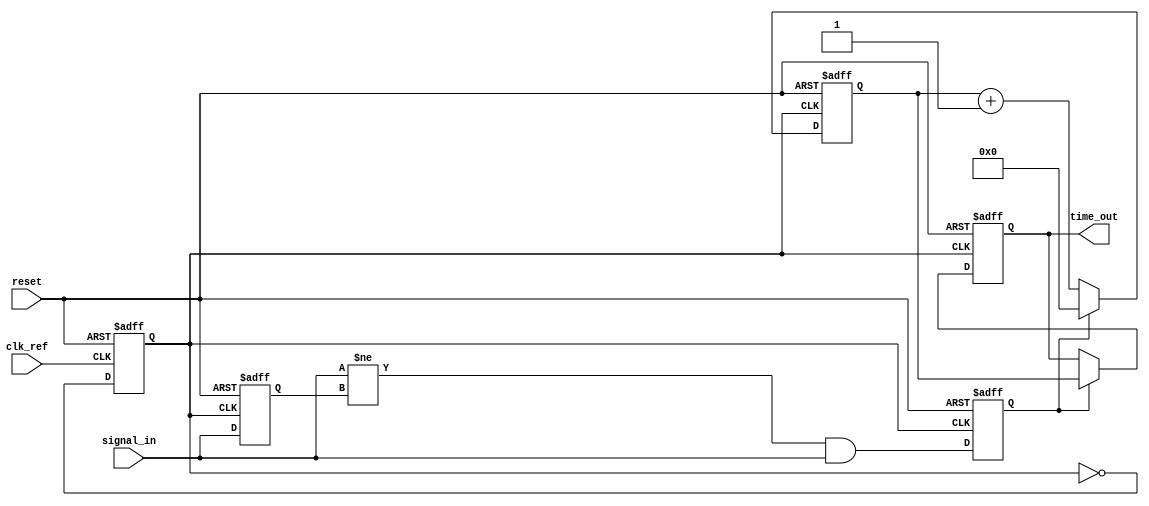
module TDC (
    input wire clk_ref,        // Reference clock input
    input wire signal_in,      // Input signal to measure time intervals
    input wire reset,          // Reset signal
    output reg [31:0] time_out // Output time interval in digital format
);

// Parameters
parameter PLL_MULTIPLIER = 4; // PLL frequency multiplier
parameter COUNTER_WIDTH = 32; // Width of the counter

// PLL logic - simple model for demonstration (not actual PLL)
reg clk_pll; // PLL generated clock
reg [COUNTER_WIDTH-1:0] counter; // Counter for time measurement
reg edge_detected; // Edge detect signal
reg last_signal_state; // Last state of signal_in for edge detection

// PLL generation (for demonstration only)
always @(posedge clk_ref or posedge reset) begin
    if (reset) begin
        clk_pll <= 0;
    end else begin
        // Simple toggle for PLL simulation (replace with actual PLL)
        clk_pll <= ~clk_pll;
    end
end

// Edge detection logic
always @(posedge clk_pll or posedge reset) begin
    if (reset) begin
        last_signal_state <= 0;
        edge_detected <= 0;
    end else begin
        edge_detected <= (signal_in != last_signal_state) && signal_in; // Rising edge
        last_signal_state <= signal_in;
    end
end

// Time measurement logic
always @(posedge clk_pll or posedge reset) begin
    if (reset) begin
        counter <= 0;
        time_out <= 0;
    end else begin
        if (edge_detected) begin
            time_out <= counter; // Store the counted value on edge detection
            counter <= 0; // Reset counter
        end else begin
            counter <= counter + 1; // Increment counter
        end
    end
end

endmodule